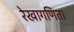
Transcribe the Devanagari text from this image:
रेखागणित।